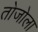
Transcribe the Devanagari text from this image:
तोजोला